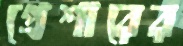
প্রেশারের